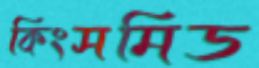
কিংসমিড